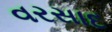
વરસાદ